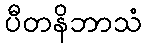
ပီတနိဘာသံ